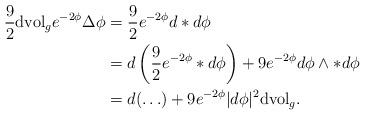
LaTeX: \begin{align*}\frac{9}{2}\mathrm{dvol}_ge^{-2\phi}\Delta\phi&=\frac{9}{2}e^{-2\phi}d*d\phi\\&=d\left(\frac{9}{2}e^{-2\phi}*d\phi\right)+9e^{-2\phi}d\phi\wedge*d\phi\\&=d(\ldots)+9e^{-2\phi}|d\phi|^2\mathrm{dvol}_g.\end{align*}